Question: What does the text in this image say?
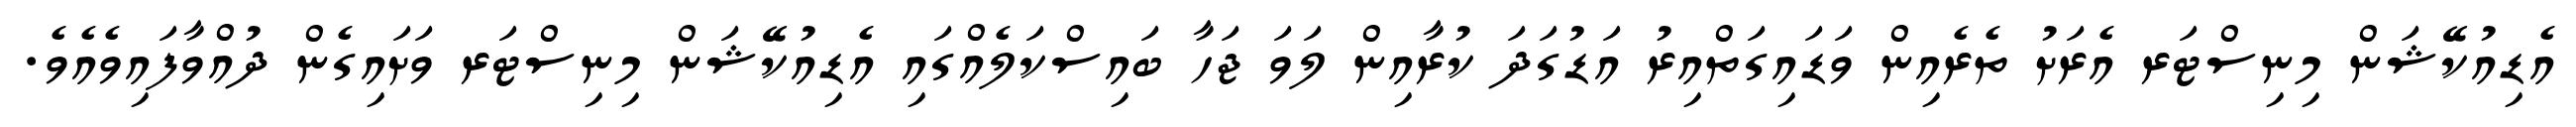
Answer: އެޑިއުކޭޝަން މިނިސްޓަރ އެރަށު ތެރެއިން ވަޑައިގަތްއިރު އަޑުގަދަ ކުރާއިން ލަވަ ޖަހާ ބައިސްކަލެއްގައި އެޑިއުކޭޝަން މިނިސްޓަރ ވަށައިގެން ދުއްވާފައިވެއެވެ.